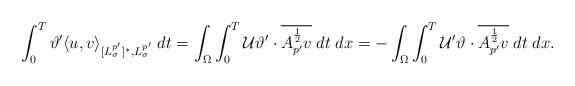
LaTeX: \begin{align*} \int_0^T \vartheta^{\prime} \langle u , v \rangle_{[L^{p^{\prime}}_{\sigma}]^* , L^{p^{\prime}}_{\sigma}} \; d t = \int_{\Omega} \int_0^T \mathcal{U} \vartheta^{\prime} \cdot \overline{A_{p^{\prime}}^{\frac{1}{2}} v} \; d t \; d x = - \int_{\Omega} \int_0^T \mathcal{U}^{\prime} \vartheta \cdot \overline{A_{p^{\prime}}^{\frac{1}{2}} v} \; d t \; d x.\end{align*}